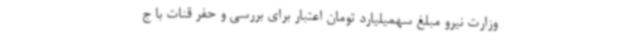
وزارت نیرو مبلغ سهمیلیارد تومان اعتبار برای بررسی و حفر قنات با ج